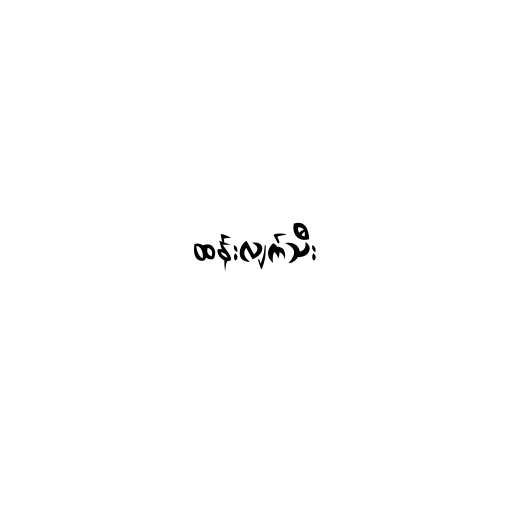
ထန်းလျက်သီး